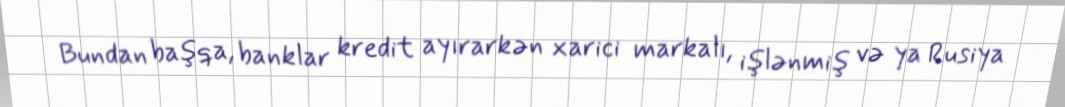
Bundan başqa, banklar kredit ayırarkən xarici markalı, işlənmiş və ya Rusiya